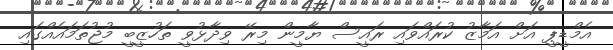
އެމްޑީޕީ އަށް އަމާޒު ކުރައްވައި ރައީސް ޔާމީން މިރޭ ވިދާޅުވީ ތަހުޒީބީ މުޖުތަމައެއްގައި